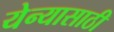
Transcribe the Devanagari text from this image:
येन्यासाठी